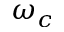
\omega _ { c }